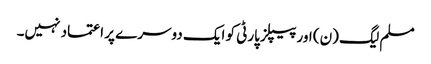
مسلم لیگ (ن) اور پیپلز پارٹی کو ایک دوسرے پر اعتماد نہیں۔